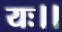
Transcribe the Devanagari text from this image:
यः।।